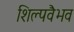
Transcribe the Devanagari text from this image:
शिल्पवैभव